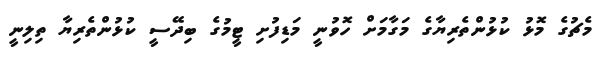
މެޗުގެ މޮޅު ކުޅުންތެރިޔާގެ މަގާމަށް ހޮވުނީ މަޑިފުށި ޓީމުގެ ބިދޭސީ ކުޅުންތެރިޔާ ތިލިނީ